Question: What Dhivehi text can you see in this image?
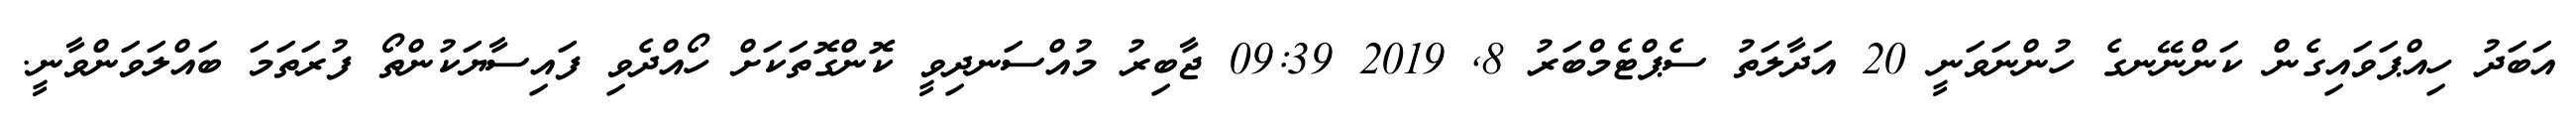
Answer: އަބަދު ހިއްޕަވައިގެން ކަންނޭނގެ ހުންނަވަނީ 20 އަދާލަތު ސެޕްޓެމްބަރު 8, 2019 09:39 ޖާބިރު މުއްސަނދިވީ ކޮންގޮތަކަށް ހޯއްދެވި ފައިސާޔަކުންތޯ ފުރަތަމަ ބައްލަވަންވާނީ.